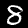
Digit: 8